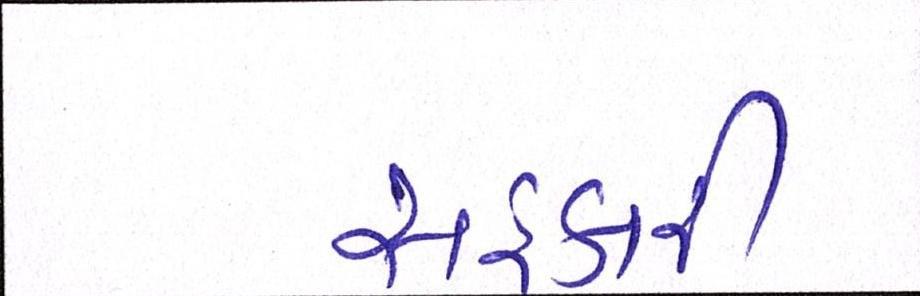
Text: સહકારી